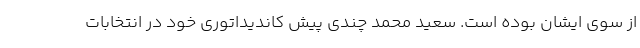
از سوی ایشان بوده است. سعید محمد چندی پیش کاندیداتوری خود در انتخابات